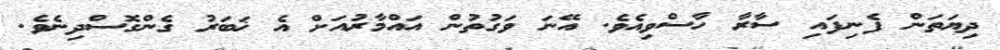
ދިޔަތަން ފެނިފައި ސާރާ ހާސްވިއެވެ. އޭނަ ވަގުތުން އައްމާރުއަށް އެ ޚަބަރު ގެންގޮސްދިނެވެ.